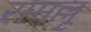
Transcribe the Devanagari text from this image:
रामल्लू